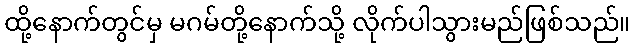
ထို့နောက်တွင်မှ မဂမ်တို့နောက်သို့ လိုက်ပါသွားမည်ဖြစ်သည်။